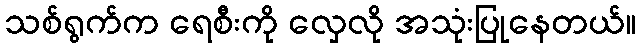
သစ်ရွက်က ရေစီးကို လှေလို အသုံးပြုနေတယ်။